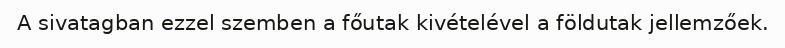
A sivatagban ezzel szemben a főutak kivételével a földutak jellemzőek.